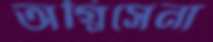
অগ্নিসেনা